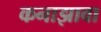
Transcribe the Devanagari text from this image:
कनाझावा